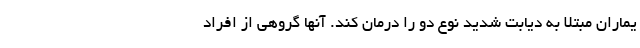
یماران مبتلا به دیابت شدید نوع دو را درمان کند. آنها گروهی از افراد